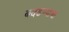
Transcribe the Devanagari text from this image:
बदडण्याचा